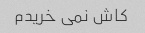
کاش نمی خریدم